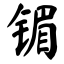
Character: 镅